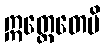
ဣတ္ထေတေပိ